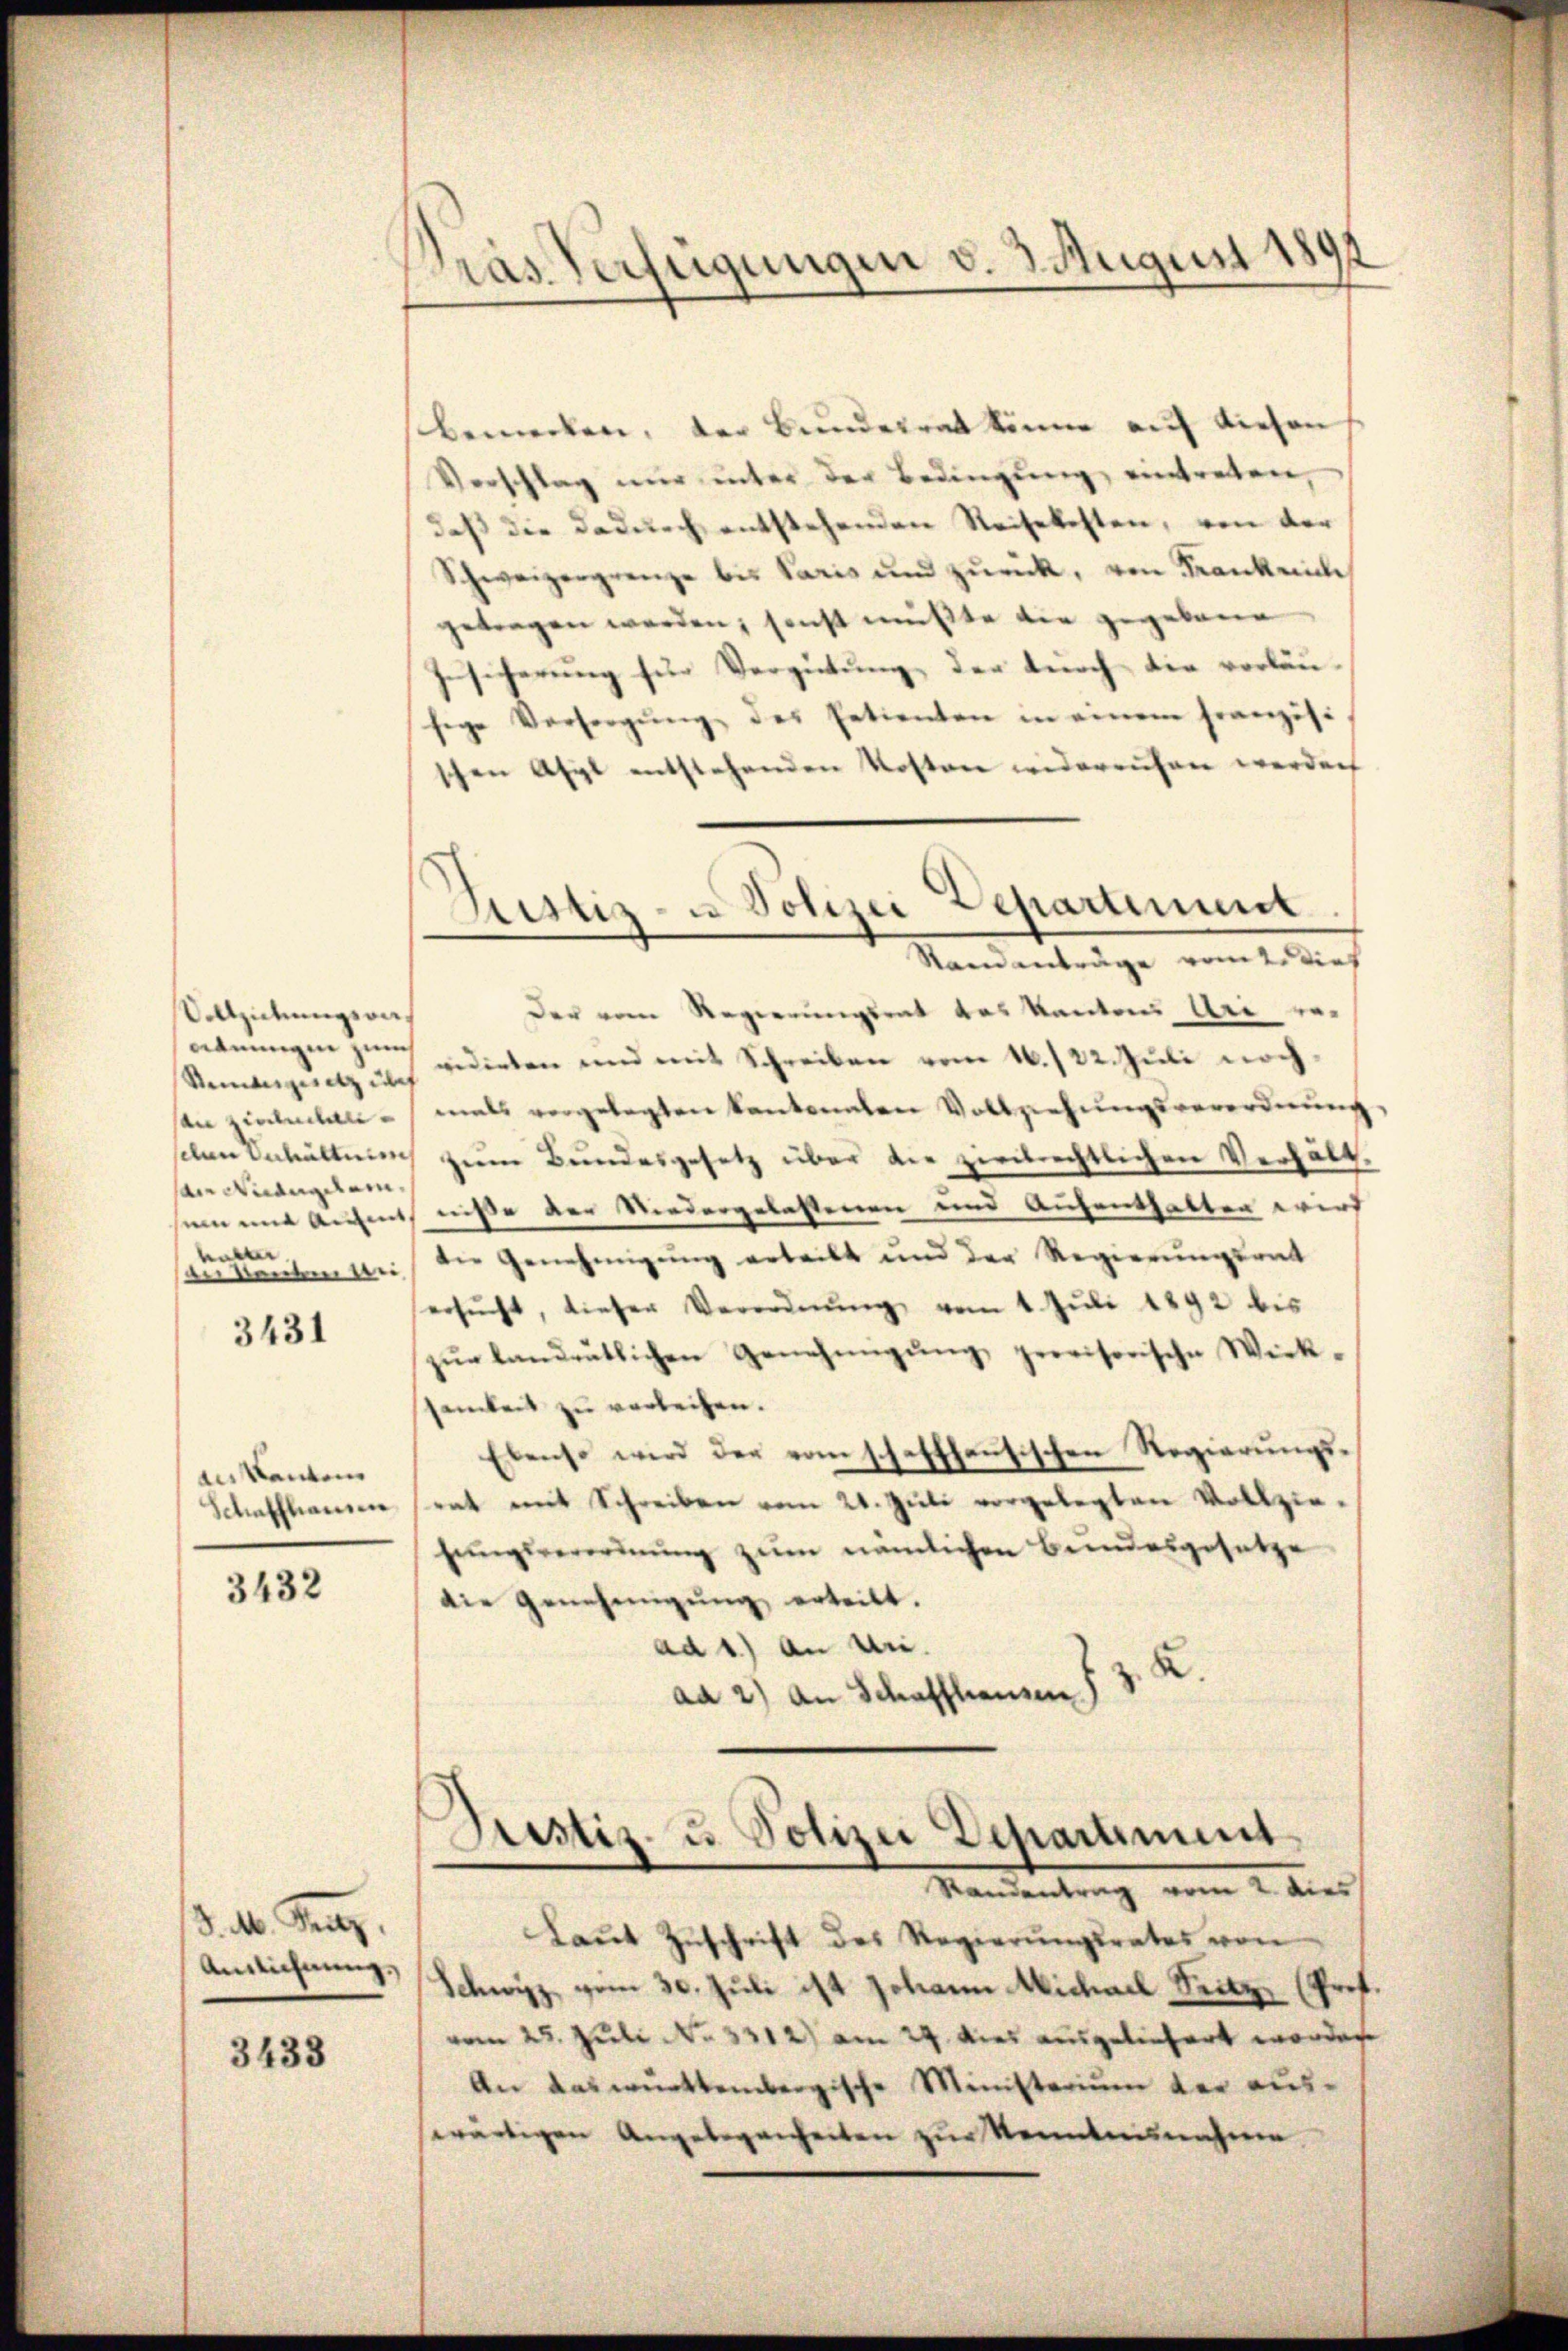
Vollziehungsraegnungen zum
Reiangesetz un
an Zinnlansehen Verhälte
an Naturgem
sein mit Aufent
olter
anden

3431

de kanten
Schaffhausen

3432

d. M. Pag.
Auslichnung,

3433

d
Pras Verfügungen v. 3. August 181

bemerken, der Bunderrat könne auf diesen
Vorschlag nur unter der Bedingung eintreten,
daß die dadurch entstehenden Reisekosten, von der
Schweizergrenze bis Paris und zurück, von Frankreiche
getragen werden, sonst mußte die gegebene
Gesicherung für Vergütung der nach die vorläu-
sige Vorsorgŭng des Patienten in einem franzisc
schen Asyl entstehenden Kosten widerrufen werden
Der vom Regierungsrat das Kantons Uri ervidirten und mit Schreiben vom 16./22. Juli nochmals vorgelegten Kantonalen Vollziehŭngsverordnŭng
zŭm Bundesgesetz über die zivilrechtlichen Verhält-
niße der Niedergelastenen und Aufenthalten wird
die Genehmigung erteilt und der Regierungsrat
ersŭcht, dieser Verordnŭng vom 1. Juli 1892 bis
zŭr landentlichen Genehmigŭng provisorische Wirk-
samkeit zu verleihen.
Ebenso wird der vom schaffhausischen Regierungssrat mit Schreiben vom 21. Jŭli vorgelegten Vollzie-
hŭngsverordnŭng zŭm nämlichen Beendesgesetze
die Genehmigung erteilt.
ad 1.) An Uri.
ad 2.) An Schaffhausen §. 3. K.

Justiz- u Polizei Departement
Standanträge vom 2. dief

Piustiz- u. Polizei Departiment
Randentrag vom 2. dies

Laŭt Zŭschrift des Regierŭngsrates von
Schwyz vom 30. Juli ist Johann Michael Seitzer (Prof.
vom 25. Juli No 3312) am 24. dies ausgeliefert worden
An das württembergische Ministerium der auswärtigen Angelegenheiten zŭr Kenntnisnahmen